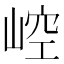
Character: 崆